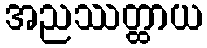
အညဿတ္ထာယ